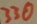
Text: 330